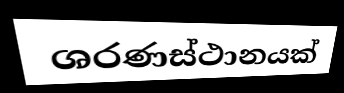
ශරණස්ථානයක්